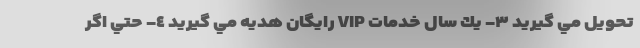
تحويل مي گيريد ٣- يك سال خدمات VIP رايگان هديه مي گيريد ٤- حتي اگر